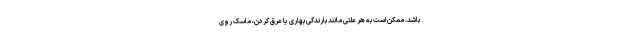
باشد. ممکن است به هر علتی مانند بارندگی بهاری یا عرق کردن، ماسک روی